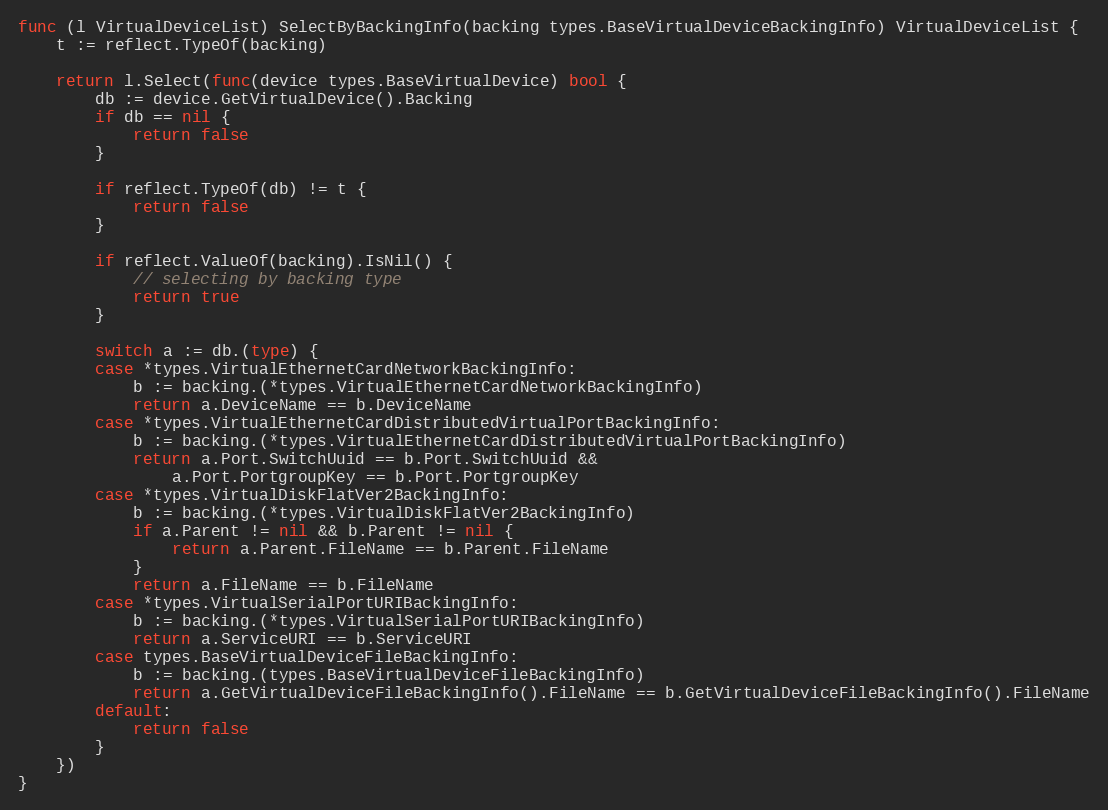
Language: Go
func (l VirtualDeviceList) SelectByBackingInfo(backing types.BaseVirtualDeviceBackingInfo) VirtualDeviceList {
	t := reflect.TypeOf(backing)

	return l.Select(func(device types.BaseVirtualDevice) bool {
		db := device.GetVirtualDevice().Backing
		if db == nil {
			return false
		}

		if reflect.TypeOf(db) != t {
			return false
		}

		if reflect.ValueOf(backing).IsNil() {
			// selecting by backing type
			return true
		}

		switch a := db.(type) {
		case *types.VirtualEthernetCardNetworkBackingInfo:
			b := backing.(*types.VirtualEthernetCardNetworkBackingInfo)
			return a.DeviceName == b.DeviceName
		case *types.VirtualEthernetCardDistributedVirtualPortBackingInfo:
			b := backing.(*types.VirtualEthernetCardDistributedVirtualPortBackingInfo)
			return a.Port.SwitchUuid == b.Port.SwitchUuid &&
				a.Port.PortgroupKey == b.Port.PortgroupKey
		case *types.VirtualDiskFlatVer2BackingInfo:
			b := backing.(*types.VirtualDiskFlatVer2BackingInfo)
			if a.Parent != nil && b.Parent != nil {
				return a.Parent.FileName == b.Parent.FileName
			}
			return a.FileName == b.FileName
		case *types.VirtualSerialPortURIBackingInfo:
			b := backing.(*types.VirtualSerialPortURIBackingInfo)
			return a.ServiceURI == b.ServiceURI
		case types.BaseVirtualDeviceFileBackingInfo:
			b := backing.(types.BaseVirtualDeviceFileBackingInfo)
			return a.GetVirtualDeviceFileBackingInfo().FileName == b.GetVirtualDeviceFileBackingInfo().FileName
		default:
			return false
		}
	})
}